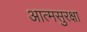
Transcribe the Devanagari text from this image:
आत्मसुरक्षा